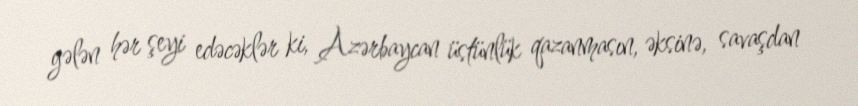
gələn hər şeyi edəcəklər ki, Azərbaycan üstünlük qazanmasın, əksinə, savaşdan